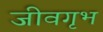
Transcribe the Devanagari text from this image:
जीवगृभ